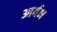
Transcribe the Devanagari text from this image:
आर्यभ